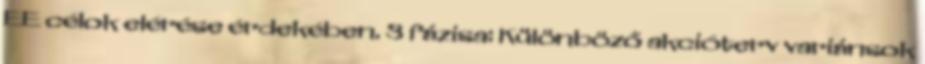
EE célok elérése érdekében. 3 fázisa: Különböző akcióterv variánsok